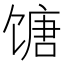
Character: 𬳍